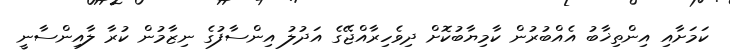
ކަމަށާއި އިންތިޚާބު އެއްބުރުން ކާމިޔާބުކޮށް ދިވެހިރާއްޖޭގެ އަދުލު އިންސާފުގެ ނިޒާމުން ކުރާ ލާއިންސާނީ